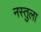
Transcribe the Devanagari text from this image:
नस्तुला